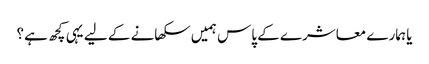
یا ہمارے معاشرے کے پاس ہمیں سکھانے کے لیے یہی کچھ ہے؟